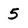
Character: 5